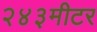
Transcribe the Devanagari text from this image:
२४३मीटर